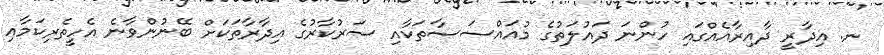
ނ. އިދާރީ ދާއިރާއެއްގައި ހުންނަ ދައުލަތުގެ މުއައްސަސާތަކާއި ސަރުކާރުގެ އިދާރާތަކަށް ބޭނުންވާނެ އެހީތެރިކަމާއި